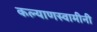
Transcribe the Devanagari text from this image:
कल्याणस्वामीनी